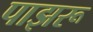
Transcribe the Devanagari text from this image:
पाझरू